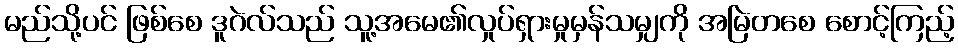
မည်သို့ပင် ဖြစ်စေ ဒူဂဲလ်သည် သူ့အမေ၏လှုပ်ရှားမှုမှန်သမျှကို အမြဲတစေ စောင့်ကြည့်